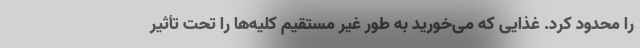
را محدود کرد. غذایی که می‌خورید به طور غیر مستقیم کلیه‌ها را تحت تأثیر